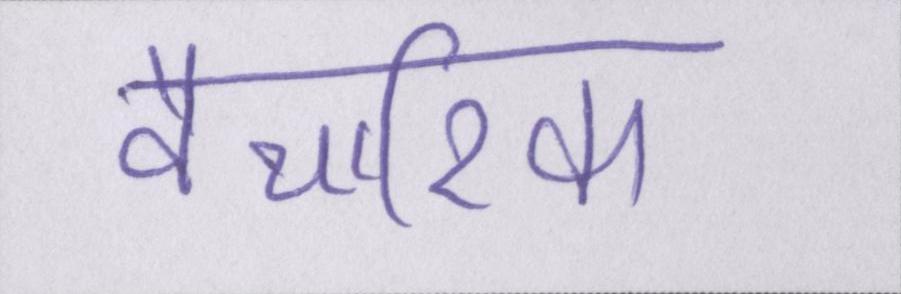
वैचारिक